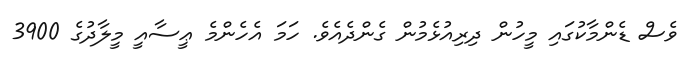
ވެސް ޑެންމާކުގައި މީހުން ދިރިއުޅެމުން ގެންދެއެވެ. ހަމަ އެހެންމެ ޢީސާއީ މީލާދުގެ 3900